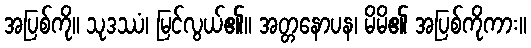
အပြစ်ကို။ သုဒဿံ၊ မြင်လွယ်၏။ အတ္တနောပန၊ မိမိ၏ အပြစ်ကိုကား။